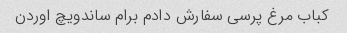
کباب مرغ پرسی سفارش دادم برام ساندویچ اوردن